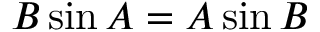
B \sin A = A \sin B